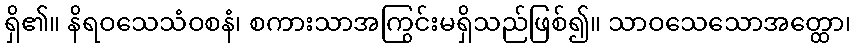
ရှိ၏။ နိရဝသေသံဝစနံ၊ စကားသာအကြွင်းမရှိသည်ဖြစ်၍။ သာဝသေသောအတ္ထော၊